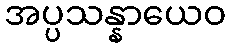
အပ္ပသန္နာယေဝ